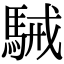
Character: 駴